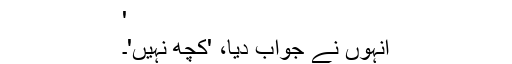
'
انہوں نے جواب دیا، 'کچھ نہیں'۔